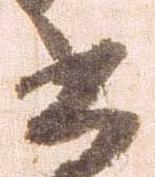
書